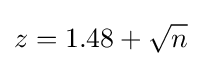
z=1.48+{\sqrt {n}}